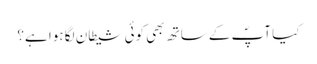
کیا آپؐ کے ساتھ بھی کوئی شیطان لگا ہوا ہے؟